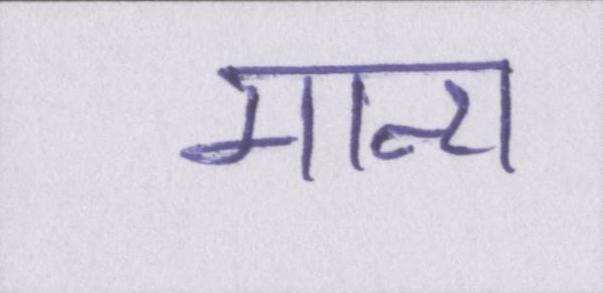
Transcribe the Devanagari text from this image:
मान्य